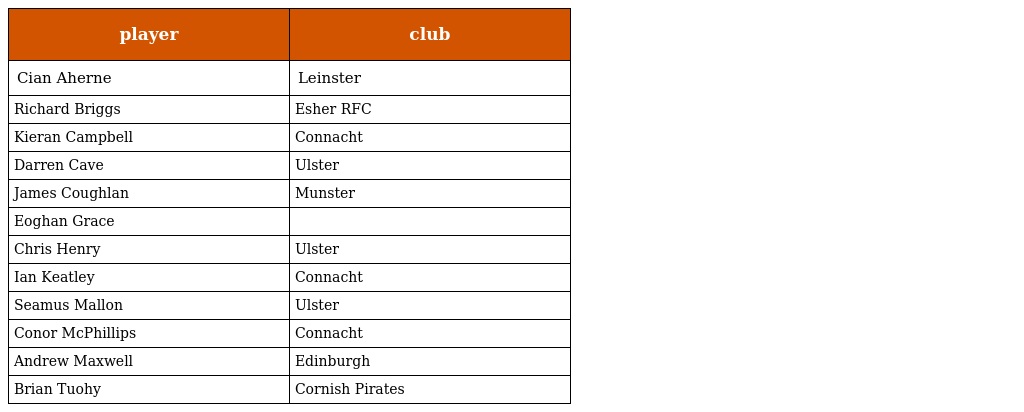
| player | club |
 | --- | --- |
 | Cian Aherne | Leinster |
 | Richard Briggs | Esher RFC |
 | Kieran Campbell | Connacht |
 | Darren Cave | Ulster |
 | James Coughlan | Munster |
 | Eoghan Grace |  |
 | Chris Henry | Ulster |
 | Ian Keatley | Connacht |
 | Seamus Mallon | Ulster |
 | Conor McPhillips | Connacht |
 | Andrew Maxwell | Edinburgh |
 | Brian Tuohy | Cornish Pirates |